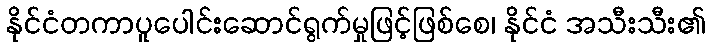
နိုင်ငံတကာပူပေါင်းဆောင်ရွက်မှုဖြင့်ဖြစ်စေ၊ နိုင်ငံ အသီးသီး၏